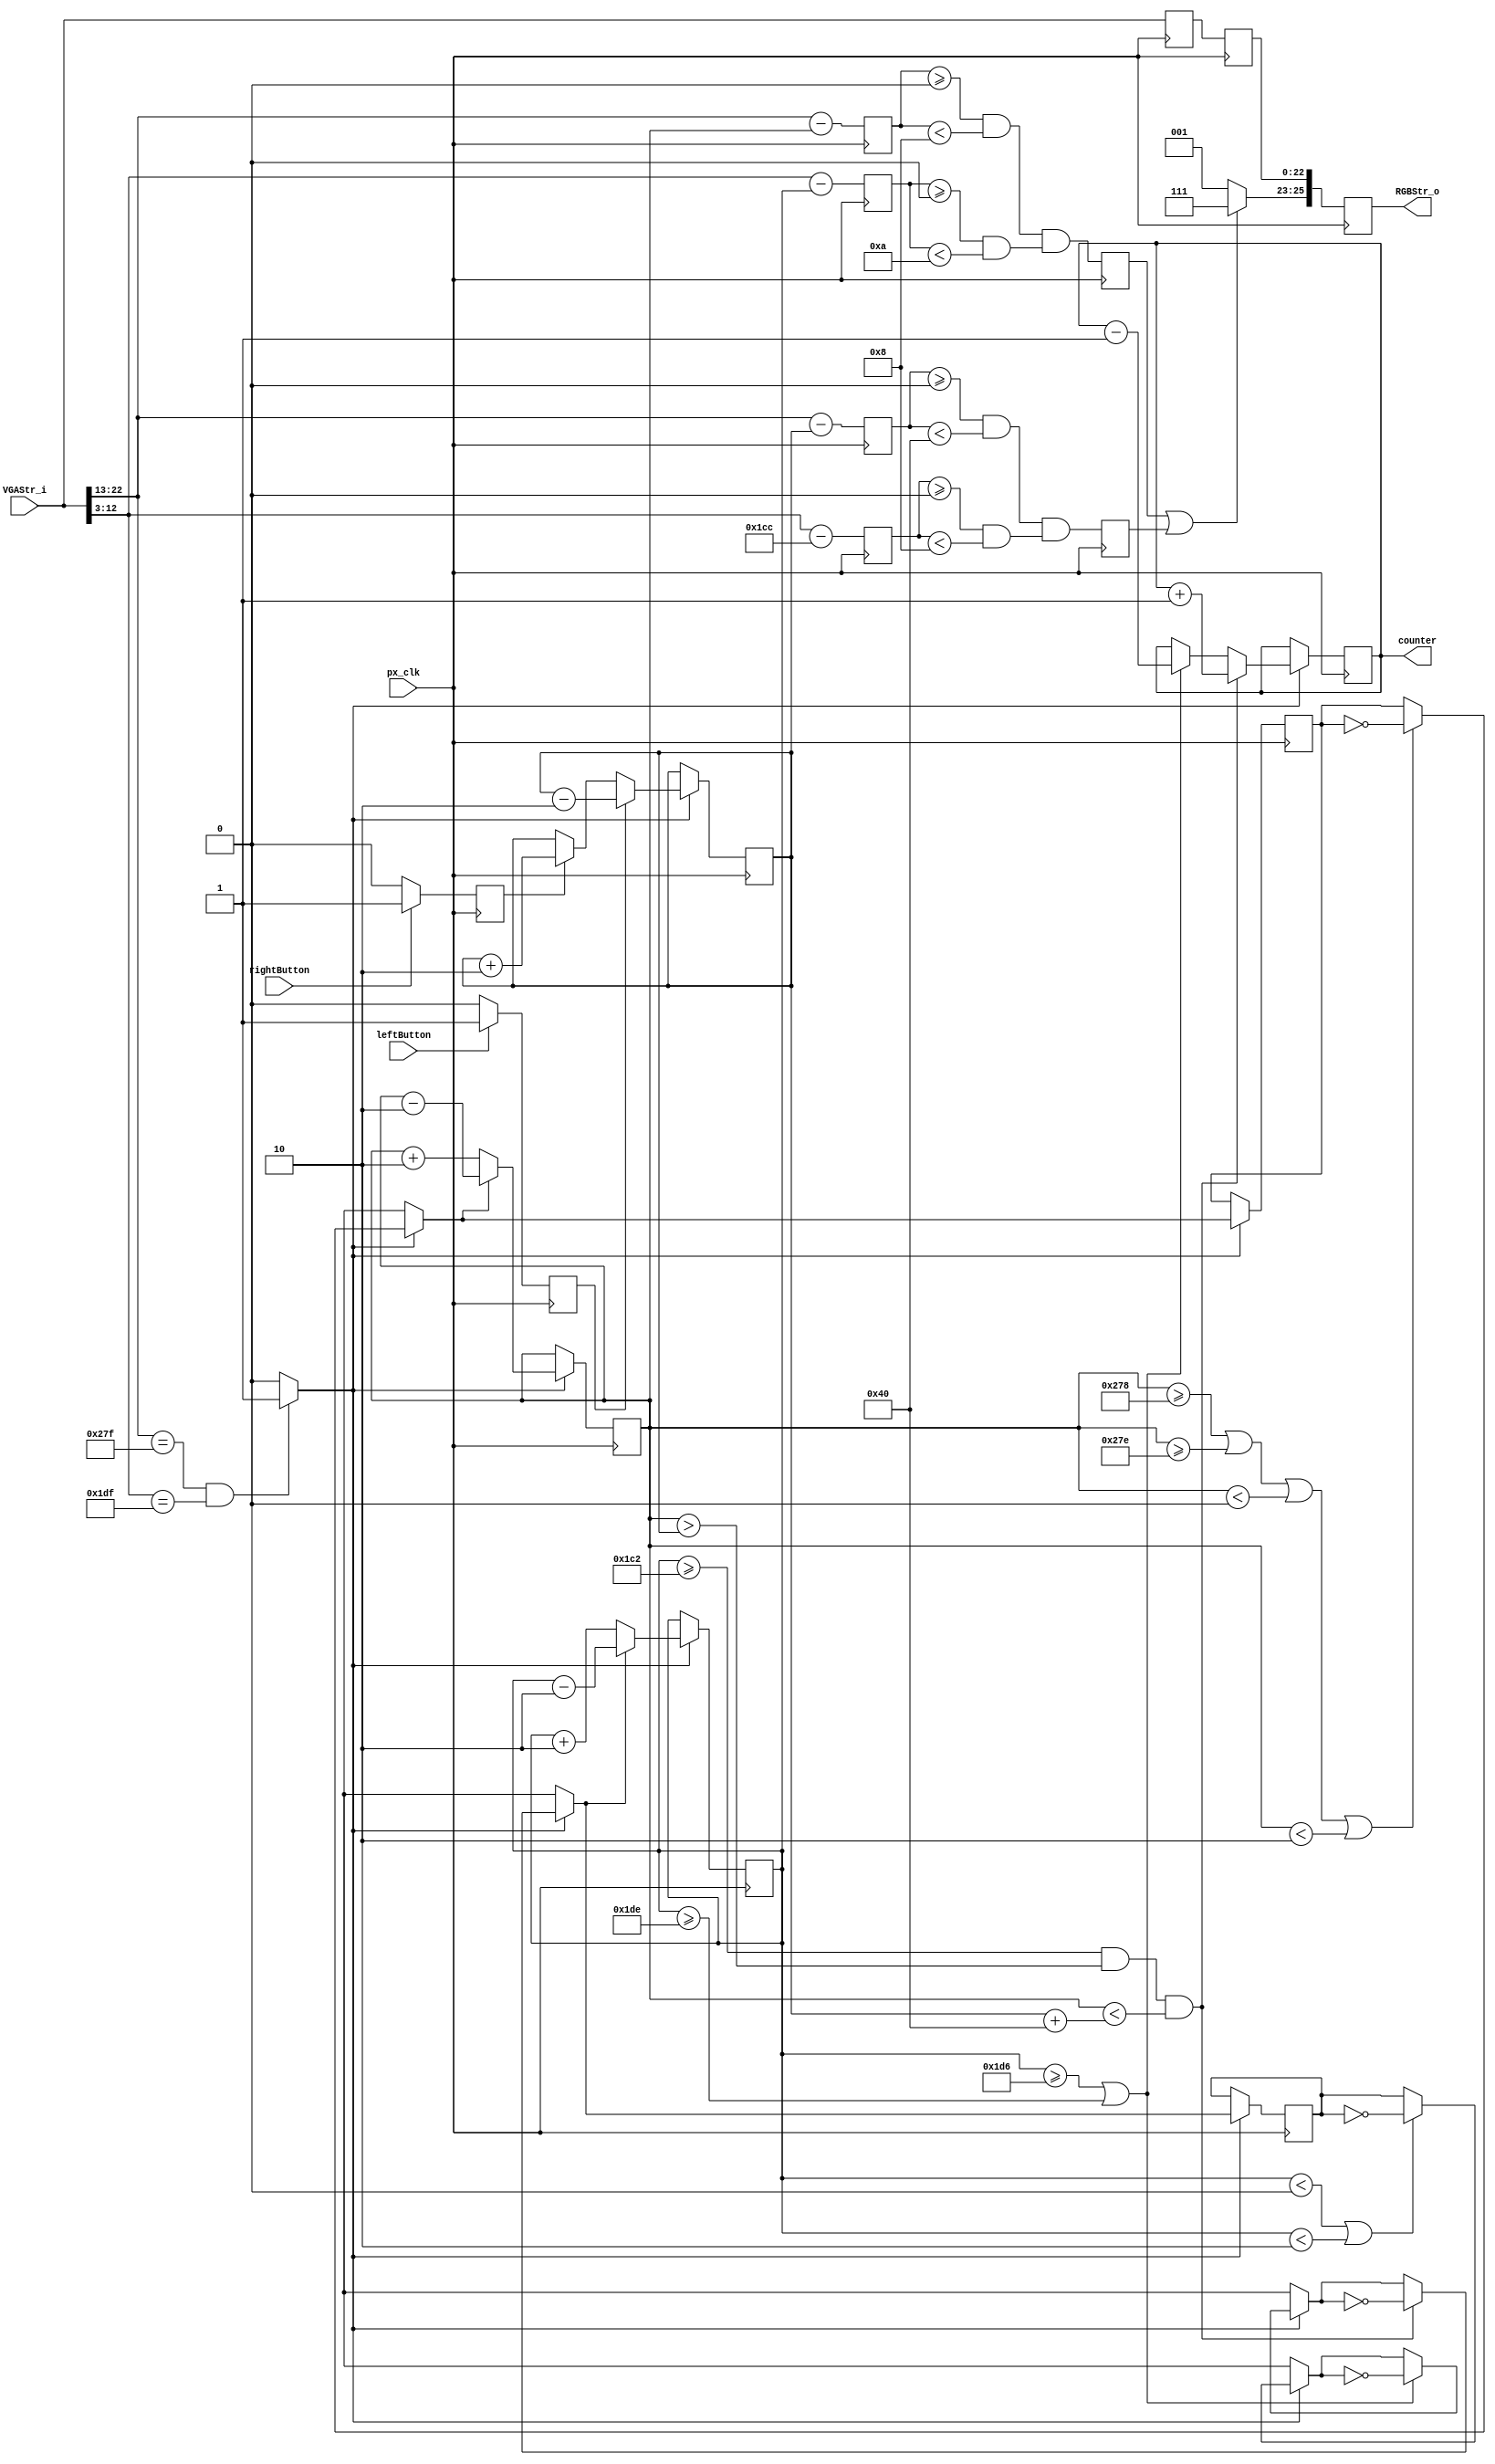
//////////////////////////////////////////////////////////////////////////////////
// Company: University of Alicante
// 
// Module Name: PxsFrontonGame
// Description: draw Fronton Game
//
// Dependencies: 
//
// Revision: 
// Revision 0.01 - File Created
//
// Additional Comments: por alguna razn el bit B se coloca a 0 siempre
// 	
//  TODO: 
//		- check the paddle position beyond the vertical borders
//		- increase the ball speed with each bounce 
//		
//////////////////////////////////////////////////////////////////////////////////
module PxsFrontonGame (
                input wire        px_clk,       // pixel clock.
				input wire		  rightButton,
				input wire 		  leftButton,
                input wire [22:0] VGAStr_i,       // VGA stream
				output reg [7:0]  counter,			// Bouncing counter
                output reg [25:0] RGBStr_o       // 
               );

// alias 
`define Active 0:0
`define VS 1:1
`define HS 2:2
`define YC 12:3
`define XC 22:13
`define R 23:23
`define G 24:24
`define B 25:25
`define RGB 25:23
   
	// Logo dimension.
    parameter width_logo = 8;
    parameter height_logo = 10;

	// Paddle dimension.
    //parameter width_paddle = 64;
    parameter height_paddle = 8;

	
    // Border definition.
    parameter border = 0;
    parameter [9:0] x_logo_min = border;
    parameter [9:0] x_logo_max = 640 - width_logo - border;
    parameter [9:0] y_logo_min = border;
    parameter [9:0] y_logo_max = 480 - height_logo - border;

    // 
	parameter [9:0] VISIBLECOLS = 640;
	parameter [9:0] VISIBLEROWS = 480;

	//speed and direction regs;
	reg [4:0] SPEED;
	reg dx,dy;
	wire endframe;
	reg [9:0] x_logo, y_logo, x_paddle, y_paddle;
	reg [9:0] BX, BY, PX, PY;
	reg [22:0] AuxStr1, AuxStr2;
	reg [6:0] width_paddle;
	reg Ball, Paddle, left, right;
	
	// initialization of logo location, direction and speed
	initial
    begin
		x_logo <= (640 - width_logo)/4;
		y_logo <= (480 - height_logo)/2;
		x_paddle <= 320;
		y_paddle <= 480 - 20;
		width_paddle<= 64;
		counter<=0;
		left<=0;
		right<=0;
		dx <=0;
		dy <=0;
		SPEED <= 2;
    end
	
	assign endframe = (VGAStr_i[`XC]==VISIBLECOLS-1 && VGAStr_i[`YC]==VISIBLEROWS-1)? 1'b1 : 1'b0 ;
	// Stage0
	always @(posedge px_clk)
    begin
		BX <= VGAStr_i[`XC]-x_logo; PX<= VGAStr_i[`XC]-x_paddle;
		BY <= VGAStr_i[`YC]-y_logo; PY <= VGAStr_i[`YC]-y_paddle;
		AuxStr1[`HS]<=VGAStr_i[`HS]; AuxStr1[`VS]<=VGAStr_i[`VS];
		AuxStr1[`XC]<=VGAStr_i[`XC]; AuxStr1[`YC]<=VGAStr_i[`YC];
		AuxStr1[`Active]<=VGAStr_i[`Active];
	end
	// Stage1
	always @(posedge px_clk)
    begin
		Ball<= (BX >= 0 && BX < width_logo) && (BY >= 0 && BY < height_logo);
		Paddle <= (PX >= 0 && PX < width_paddle) && (PY >= 0 && PY < height_paddle);
		AuxStr2[`HS]<=AuxStr1[`HS]; AuxStr2[`VS]<=AuxStr1[`VS];
		AuxStr2[`XC]<=AuxStr1[`XC]; AuxStr2[`YC]<=AuxStr1[`YC];
		AuxStr2[`Active]<=AuxStr1[`Active];
	end		
	// Stage2 Draw the ball & the paddle
	always @(posedge px_clk)
    begin
		RGBStr_o[`HS]<=AuxStr2[`HS]; RGBStr_o[`VS]<=AuxStr2[`VS];
		RGBStr_o[`XC]<=AuxStr2[`XC]; RGBStr_o[`YC]<=AuxStr2[`YC];
		RGBStr_o[`Active]<=AuxStr2[`Active];
		
		RGBStr_o[`RGB]<= (Ball || Paddle)? 3'b111:3'b001;

	end
	
	// Update Ball and Paddle position and parameters	
	always @(posedge px_clk)
    begin
		if (endframe)
		begin
				// bounce with vertical borders
				if (x_logo>=x_logo_max  || x_logo>=(VISIBLECOLS-SPEED-border) || x_logo<border || x_logo<SPEED) 
				begin	
					dx = ~ dx;
					//mute = 0;
					//code_sound <= pong;
				end
				// bounce with horizontal borders or paddle
				//if (y_logo>=y_logo_max  || y_logo>=(VISIBLEROWS-SPEED-border) || y_logo<border || y_logo<SPEED)
				//if (y_logo>=y_logo_max  || y_logo>=(VISIBLEROWS-SPEED-border) || y_logo<border || y_logo<SPEED 
				//|| (y_logo>= y_paddle-SPEED-height_paddle && x_logo> x_paddle && x_logo<x_paddle+ width_paddle))

				// bounce with horizontal borders 
				if (y_logo<border || y_logo<SPEED)			
				begin
					dy = ~ dy;
				end
				if (y_logo>=y_logo_max  || y_logo>=(VISIBLEROWS-SPEED-border))			
				begin
					dy = ~ dy;
					counter<=counter-1;
					//width_paddle<=width_paddle-4;
					//mute = 0;
					//code_sound <= pong;
				end
				//bounce with paddle and increase bouncer counter
				if (y_logo>= y_paddle-SPEED-height_paddle && x_logo> x_paddle && x_logo<x_paddle+ width_paddle)			
				begin
					dy = ~ dy;
					counter<=counter+1;
					//mute = 0;
					//code_sound <= pong;
				end

				// update the X coordinate
				if (dx==0)
					x_logo = x_logo+SPEED;
				else 
					x_logo = x_logo-SPEED;
				//update the X coordinate
				if (dy==0)
					y_logo = y_logo+SPEED;
				else 
					y_logo = y_logo-SPEED;
				//inc velocities
				// if (inc_vel && SPEED < 20)
					// SPEED = SPEED +1;
				// else 
					// if (dec_vel && SPEED > 0) 
						// SPEED = SPEED -1;
						
				// update X paddle coordinate
				if (left==1)
				
					x_paddle = x_paddle-2;					
				else
					if (right==1)
						x_paddle = x_paddle+2;

				//left<=0;
				//right<=0;
		end		
    end
	
	
	// register the buttons
	always @(posedge px_clk)
    begin
		if (leftButton==1)
			left <= 1;
		else 
			left<=0;
			
		if (rightButton)
			right<=1;
		else
			right<=0;
	end
	
endmodule